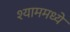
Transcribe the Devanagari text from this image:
श्याममध्ये